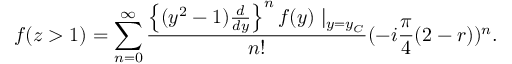
f ( z > 1 ) = \sum _ { n = 0 } ^ { \infty } \frac { \left\{ ( y ^ { 2 } - 1 ) \frac { d } { d y } \right\} ^ { n } f ( y ) \mid _ { y = y _ { C } } } { n ! } ( - i \frac { \pi } { 4 } ( 2 - r ) ) ^ { n } .